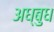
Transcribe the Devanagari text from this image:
अध्बुध